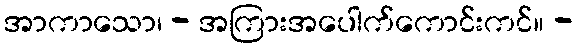
အာကာသော၊ - အကြားအပေါက်ကောင်းကင်။ -